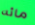
مائه